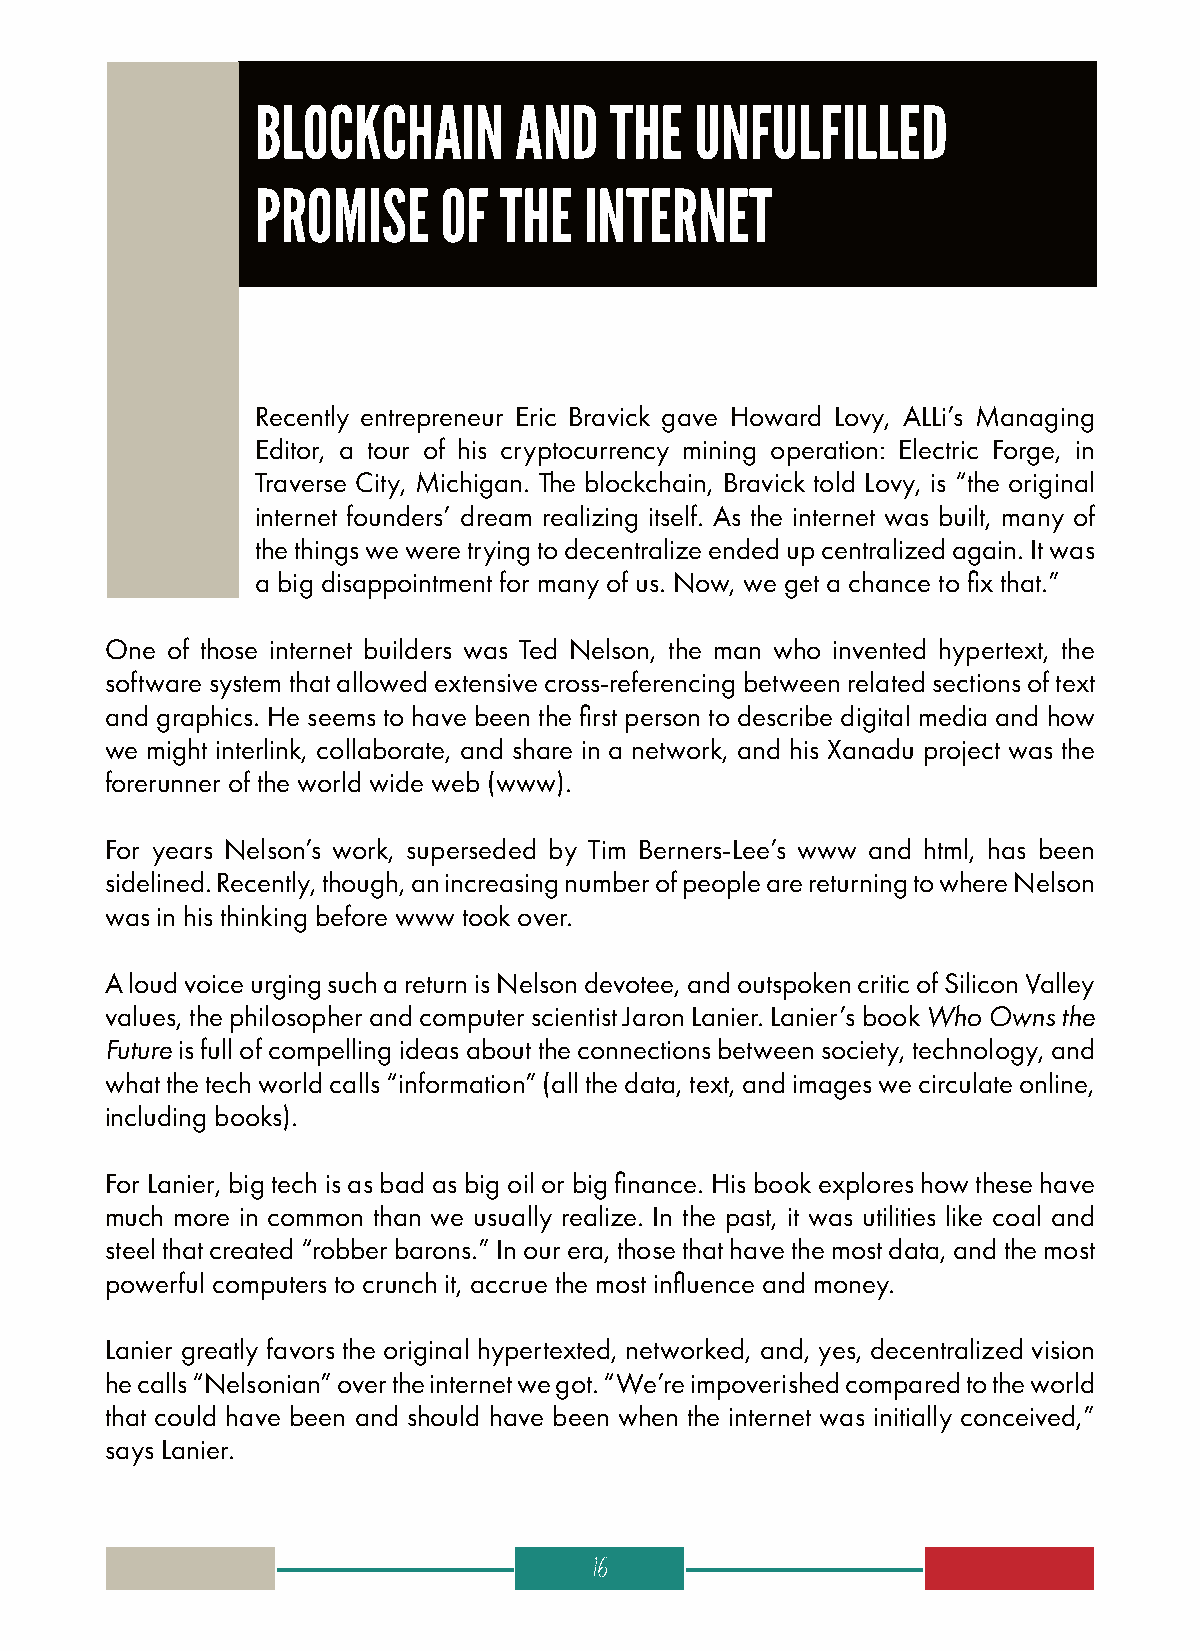
BLOCKCHAIN       AND   THE   UNFULFILLED
 PROMISE     OF  THE   INTERNET
 Recently entrepreneur Eric Bravick gave Howard Lovy, ALLi’s Managing
 Editor, a tour of his cryptocurrency mining operation: Electric Forge, in
 Traverse City, Michigan. The blockchain, Bravick told Lovy, is “the original
 internet founders’ dream realizing itself. As the internet was built, many of
 the things we were trying to decentralize ended up centralized again. It was
 a big disappointment for many of us. Now, we get a chance to fix that.”
 One of those internet builders was Ted Nelson, the man who invented hypertext, the
 software system that allowed extensive cross-referencing between related sections of text
 and graphics. He seems to have been the first person to describe digital media and how
 we might interlink, collaborate, and share in a network, and his Xanadu project was the
 forerunner of the world wide web (www).
 For years Nelson’s work, superseded by Tim Berners-Lee’s www and html, has been
 sidelined. Recently, though, an increasing number of people are returning to where Nelson
 was in his thinking before www took over.
 A loud voice urging such a return is Nelson devotee, and outspoken critic of Silicon Valley
 values, the philosopher and computer scientist Jaron Lanier. Lanier’s book Who Owns the
 Future is full of compelling ideas about the connections between society, technology, and
 what the tech world calls “information” (all the data, text, and images we circulate online,
 including books).
 For Lanier, big tech is as bad as big oil or big finance. His book explores how these have
 much more in common than we usually realize. In the past, it was utilities like coal and
 steel that created “robber barons.” In our era, those that have the most data, and the most
 powerful computers to crunch it, accrue the most influence and money.
 Lanier greatly favors the original hypertexted, networked, and, yes, decentralized vision
 he calls “Nelsonian” over the internet we got. “We’re impoverished compared to the world
 that could have been and should have been when the internet was initially conceived,”
 says Lanier.
 16